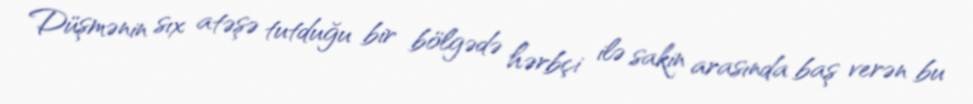
Düşmənin sıx atəşə tutduğu bir bölgədə hərbçi ilə sakin arasında baş verən bu